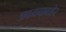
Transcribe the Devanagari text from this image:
अवयवाबाहेर